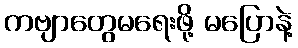
ကဗျာတွေမရေးဖို့ မပြောနဲ့